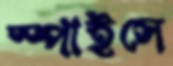
স্পাইসে